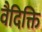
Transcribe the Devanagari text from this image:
वैदिक्ति